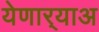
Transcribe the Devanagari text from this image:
येणार्‍याअ